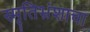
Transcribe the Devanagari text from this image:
स्मृतिभ्रंशाचा